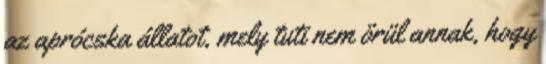
az aprócska állatot, mely tuti nem örül annak, hogy